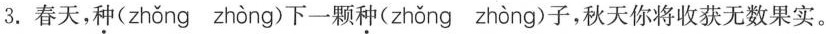
3.春天，种( zhǒng zhòng )下一颗种( zhǒng zhòng )子，秋天你将收获无数果实。